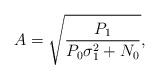
LaTeX: \begin{align*}A=\sqrt{\frac{P_1}{P_0 \sigma_1^2+N_0}},\end{align*}